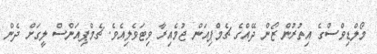
މޯލްޑިވްސްގެ އިތުރުން ޒޯން ދޭއްގެ ޗެމްޕިއަން ޖުމެއިރާ ވިޓަވެލިއެވެ. ޗެމްޕިއަންސް ލީގަށް ދެން